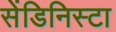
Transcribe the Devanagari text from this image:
सेंडिनिस्टा